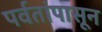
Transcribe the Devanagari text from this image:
पर्वतांपासून